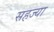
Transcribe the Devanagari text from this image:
सहज्या